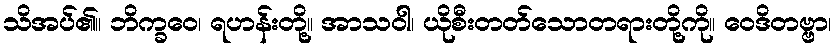
သိအပ်၏။ ဘိက္ခဝေ၊ ရဟန်းတို့။ အာသဝါ၊ ယိုစီးတတ်သောတရားတို့ကို။ ဝေဒိတဗ္ဗာ၊